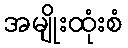
အမျိုးထုံးစံ